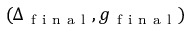
( \Delta _ { \mathrm { ~ f ~ i ~ n ~ a ~ l ~ } } , g _ { \mathrm { ~ f ~ i ~ n ~ a ~ l ~ } } )